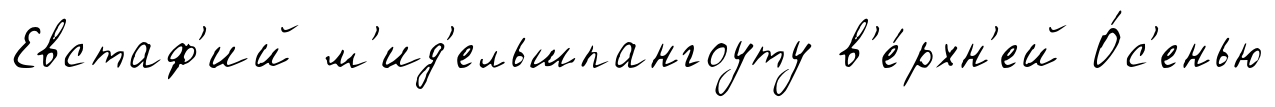
Евстаф'ий м'ид'ельшпангоуту в'е́рхн'ей О́с'енью